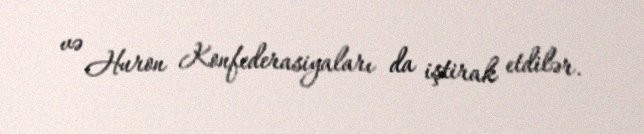
və Huron Konfederasiyaları da iştirak etdilər.